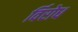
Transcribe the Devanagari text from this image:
र्विरोध